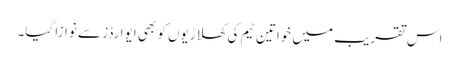
اس تقریب میں خواتین ٹیم کی کھلاڑیوں کو بھی ایوارڈز سے نوازا گیا۔